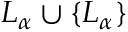
L _ { \alpha } \cup \{ L _ { \alpha } \}